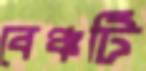
বেঞ্চটি